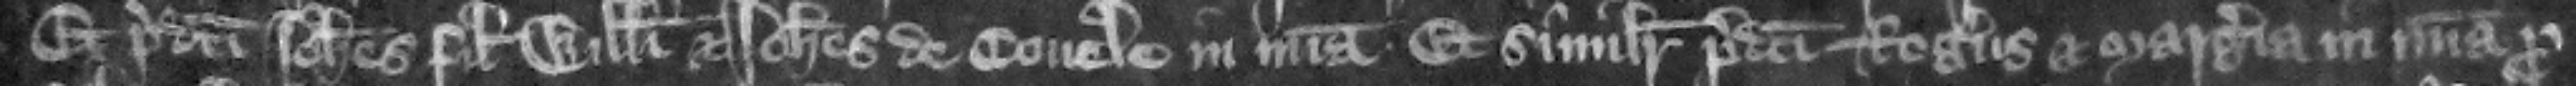
Et predicti Iohannes filius Willelmi et Iohannes de Couele in misericordia. Et similiter predicti Rogers et Margeria in misericordia pro